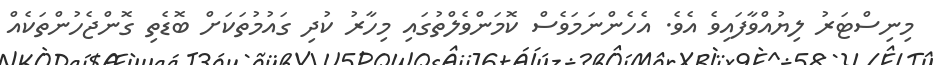
މިނިސްޓަރު ލިޔުއްވާފައިވެ އެވެ. އެހެންނަމަވެސް ކޮމަންވެލްތުގައި މިހާރު ކުދި ގައުމުތަކަށް ބޮޑެތި ގޮންޖެހުންތަކެއް